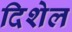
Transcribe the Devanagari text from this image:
दिशेल